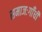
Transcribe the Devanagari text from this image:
समाजःगाँधी